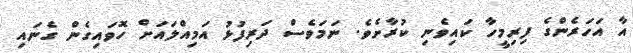
އާ އަހަރެންގެ ފިރިމީހާ ކައިވެނި ކުރާށެވެ. ނަމަވެސް ދަރިފުޅު އަމިއްލައަށް ހޮވައިގެން ގެނައި